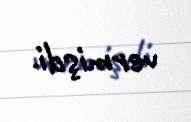
vermişdi.